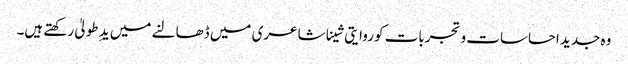
وہ جدید احساسات و تجربات کو روایتی شینا شاعری میں ڈھالنے میں یدِ طولیٰ رکھتے ہیں۔